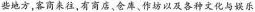
些地方，客商来往，有商店，仓库。作坊以及各种文化与娱乐